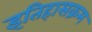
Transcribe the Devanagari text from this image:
इतिहासक्रम